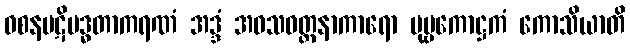
ဝစနပဋိဗဒ္ဓတာကရဏံ အဒ္ဒံ အဝသဝတ္တနာကာရော ပုဗ္ဗကောဋ္ဌကံ ကောသိယာတိ